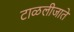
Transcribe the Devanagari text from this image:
टाळलीजाते